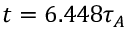
t = 6 . 4 4 8 \tau _ { A }